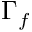
\Gamma _ { f }